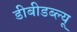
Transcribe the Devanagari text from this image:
डीबीडब्ल्यू